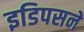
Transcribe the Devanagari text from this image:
इडिपसने